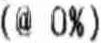
(@ 0%)